system: You are a helpful assistant.
user:
Analyze the provided spectrum to determine if it is a **M-type Giant (gM)**.

A M-type Giant spectrum is defined by its **strong molecular absorption** features, particularly from **Titanium Oxide (TiO)**. You must check for one of the following mutually exclusive signatures:

- **Key Visual Indicators (Absorption-Dominated Spectrum):**

    - **(Primary):** The spectrum is dominated by strong molecular absorption from **Titanium Oxide (TiO)**. This is the **defining feature** of its M-type temperature class.
        - **(Key Bandheads):** Look for sharp, "saw-tooth" absorption valleys. The strongest are located near **~7050 Å**, **~6160 Å**, and **~5170 Å**.
        - **(Line Profile):** The "saw-tooth" morphology is critical: a **sharp, steep drop on the BLUE (short-wavelength) side** of the bandhead, followed by a gradual recovery (rising flux) towards the RED (long-wavelength) side.

    - **(Key Confirmation - Giant vs. Dwarf):** **ABSENCE** of strong **Calcium Hydride (CaH)** molecular bands. This is the primary diagnostic for *excluding* M-dwarfs.
        - **(Key Region):** The spectrum should lack the strong, broad absorption band seen in dwarfs between **~6800 Å and ~7000 Å**.

    - **(Secondary Confirmation - Giant):** A very strong and broad **Neutral Calcium (Ca I)** atomic absorption line.
        - **(Key Line):** Located at **~4226 Å**. In a giant (gM), this line is significantly deeper and broader than the same line in an M-dwarf (dM) due to low surface gravity.

    - **(Overall Spectrum):**
        - The continuum is **extremely red-sloping** (i.e., flux is very low in the blue and rises dramatically towards the red).
        - The entire spectrum appears "chopped up" by the deep TiO bands.

Think first, call **spectral_visualization_tool** if needed to examine features in detail, then provide your final answer. Your response must adhere to the following strict rules:
1.  **Overall Structure:** Your response must follow the format `<think>...</think> <tool_call>...</tool_call> (if a tool is used) <answer>...</answer>`.
2.  **Tool Usage Constraint:** You may only make **one** tool call per turn.
3.  **Final Answer Format:** In the `<answer>` tag, your conclusion must be inside a `\boxed{}` command (e.g., `\boxed{YES}` or `\boxed{NO}`), followed by your justification.

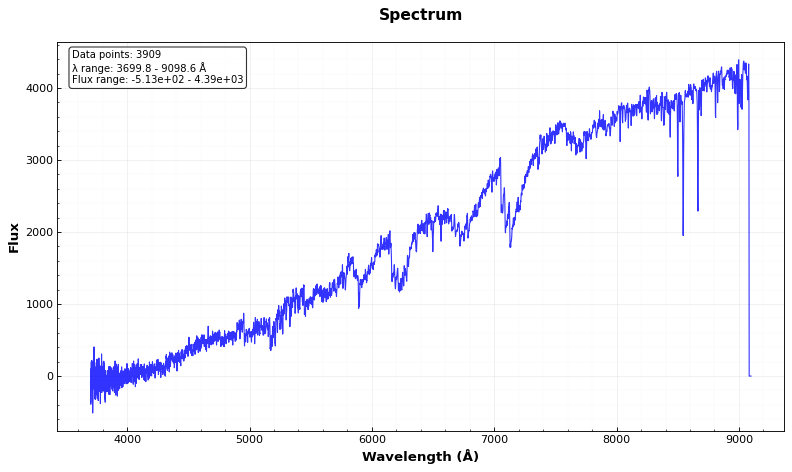
Answer: YES